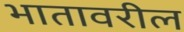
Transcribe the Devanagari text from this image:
भातावरील